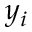
y _ { i }